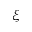
\xi